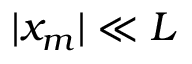
| x _ { m } | \ll L